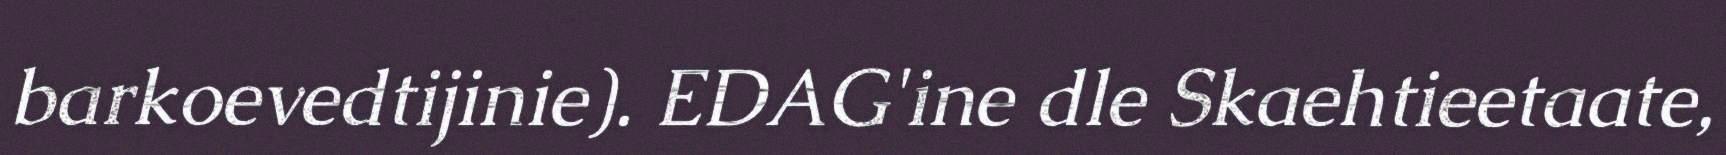
barkoevedtijinie). EDAG'ine dle Skaehtieetaate,